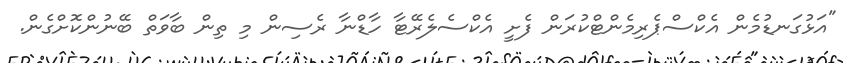
"އަޅުގަނޑުމެން އެކްސްޕެރިމެންޓްކުރަން ފެށީ އެކްސެލެރޭޓާ ހާޑްނާ ރެސިން މި ތިން ބާވަތް ބޭނުންކޮށްގެން.